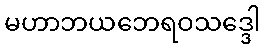
မဟာဘယဘေရဝသဒ္ဒေါ